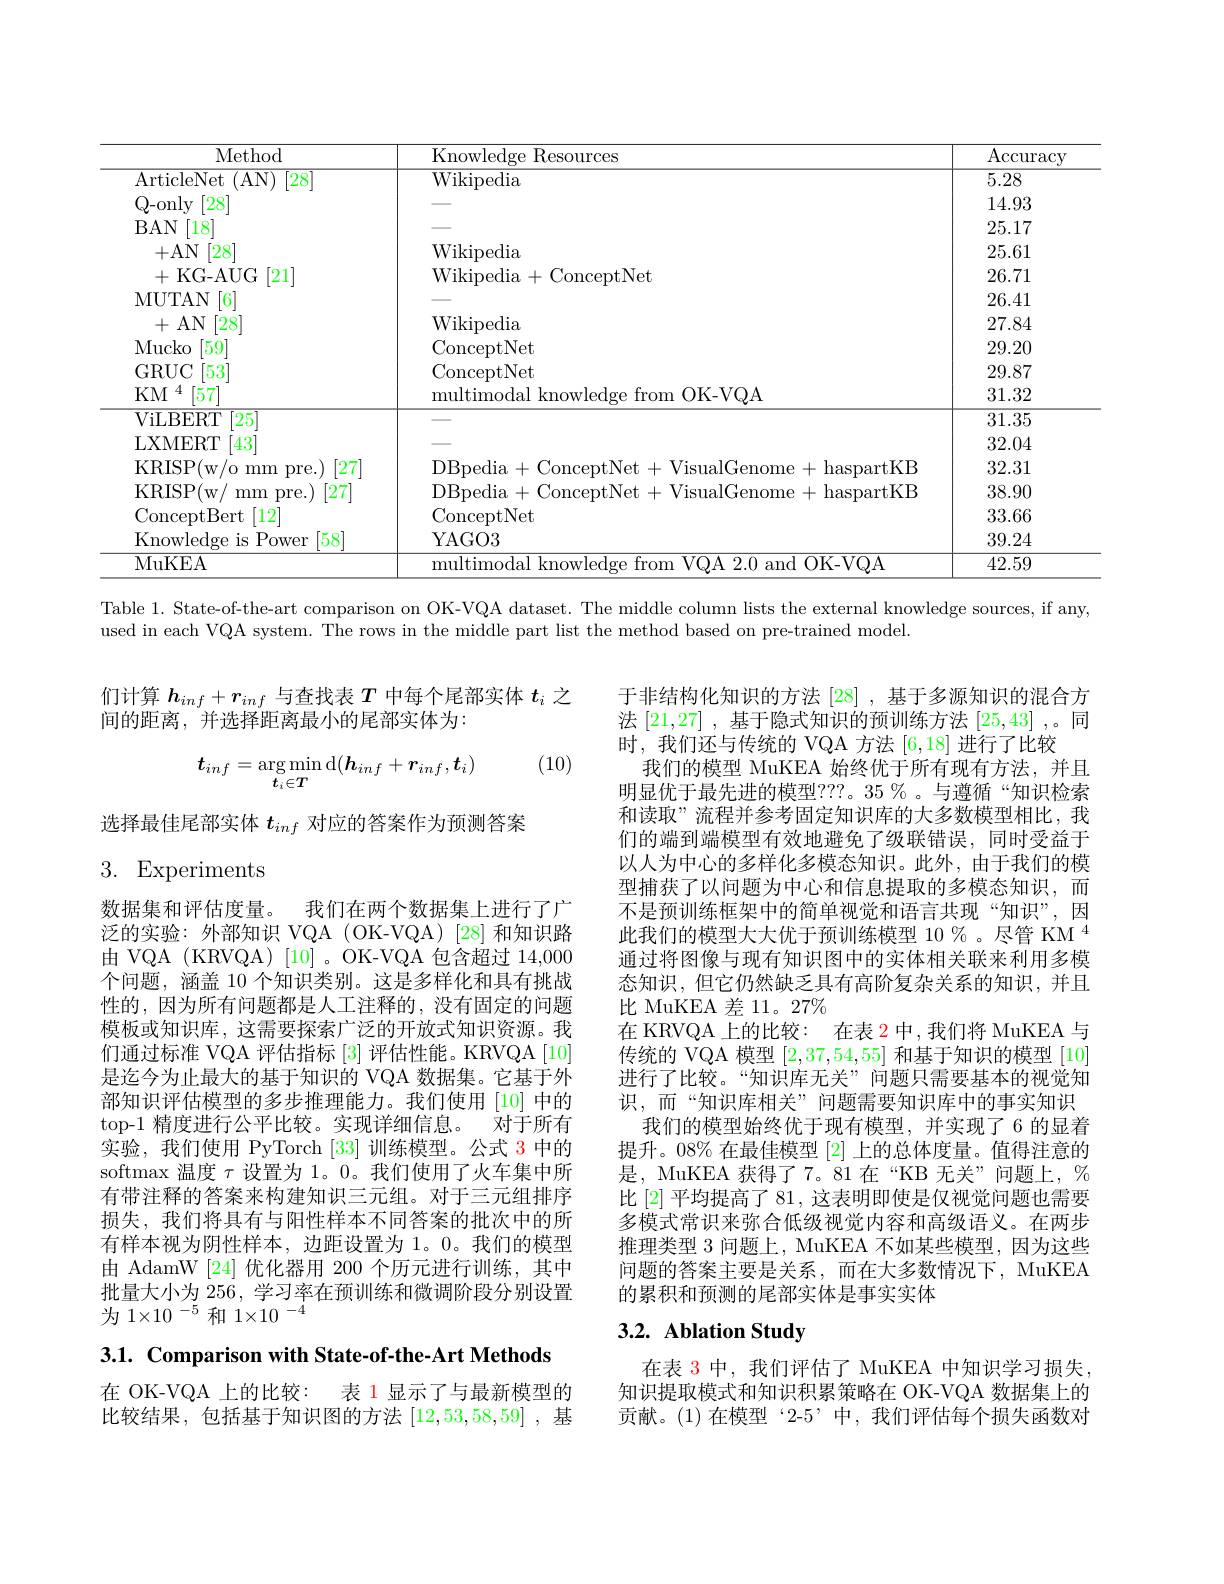
<table>
	<tbody>
		<tr>
			<th>Method</th>
			<th>Knowledge Resources</th>
			<th>$\operatorname{Accuracy}$</th>
		</tr>
		<tr>
			<td>ArticleNet (AN) [28]</td>
			<td>Wikipedia</td>
			<td>5.28</td>
		</tr>
		<tr>
			<td>Q- only [28]</td>
			<td> </td>
			<td>14.93</td>
		</tr>
		<tr>
			<td>BAN $[18^{.}$</td>
			<td> </td>
			<td>25.17</td>
		</tr>
		<tr>
			<td>+AN [28]</td>
			<td>Wikipedia</td>
			<td>25.61</td>
		</tr>
		<tr>
			<td>$\left[21\right]$ +KG-AUG</td>
			<td>Wikinedia 1+ 1 ConceptNet</td>
			<td>26.71</td>
		</tr>
		<tr>
			<td>MUTAN 6</td>
			<td> </td>
			<td>26.41</td>
		</tr>
		<tr>
			<td>+AN [28]</td>
			<td>Wikipedia</td>
			<td>27.84</td>
		</tr>
		<tr>
			<td>Mucko $\lceil59\rceil$</td>
			<td>ConceptNet</td>
			<td>29.20</td>
		</tr>
		<tr>
			<td>GRUC [53]</td>
			<td>ConceptNet</td>
			<td>29.87</td>
		</tr>
		<tr>
			<td>$KM$ [57]</td>
			<td>multimodal knowledge from OK- VQA</td>
			<td>31.32</td>
		</tr>
		<tr>
			<td>ViLBERT $\lceil25\rceil$</td>
			<td> </td>
			<td>31.35</td>
		</tr>
		<tr>
			<td>LXMERT $43^{\cdot}$</td>
			<td> </td>
			<td>32.04</td>
		</tr>
		<tr>
			<td>[27] KRISP( w/ c mm pre.)</td>
			<td>DRnedia $1.0nre$ hasnartK R</td>
			<td>32.31</td>
		</tr>
		<tr>
			<td>[27 KRISP( w, mm pre. </td>
			<td>DRnedia hasnartK R</td>
			<td>38.90</td>
		</tr>
		<tr>
			<td>ConceptBert $[12^{-}]$</td>
			<td>ConceptNet</td>
			<td>33.66</td>
		</tr>
		<tr>
			<td>[58] Knowledge is Power</td>
			<td>YAGO3</td>
			<td>39.24</td>
		</tr>
		<tr>
			<td>MuKEA</td>
			<td>multimodal 11 knowledop f from VOA 2.0 and OK-VOA</td>
			<td>42.59</td>
		</tr>
	</tbody>
</table>

Table 1. State-of-the-art comparison on OK-VQA dataset. The middle column lists the external knowledge sources, if any,

used in each VQA system. The rows in the middle part list the method based on pre-trained model

们计算$\boldsymbol{h}_{inf}+\boldsymbol{r}_{inf}$与查找表$T$中每个尾部实体$t_i$之
间的距离，并选择距离最小的尾部实体为：

(10)
$$\boldsymbol{t}_{inf}=\arg\min_{\boldsymbol{t}_i\in\boldsymbol{T}}(\boldsymbol{h}_{inf}+\boldsymbol{r}_{inf},\boldsymbol{t}_i)$$
选择最佳尾部实体$t_{inf}$对应的答案作为预测答案

# 3. Experiments

于非结构化知识的方法[28] ,基于多源知识的混合方法[21,27] ,基于隐式知识的预训练方法[25,43] ,。同时，我们还与传统的 VQA 方法[6,18]进行了比较
我们的模型 MuKEA 始终优于所有现有方法，并且明显优于最先进的模型？??。35%。与遵循“知识检索和读取”流程并参考固定知识库的大多数模型相比，我们的端到端模型有效地避免了级联错误，同时受益于以人为中心的多样化多模态知识。此外，由于我们的模型捕获了以问题为中心和信息提取的多模态知识，而不是预训练框架中的简单视觉和语言共现“知识”,因此我们的模型大大优于预训练模型$10\%\text{。尽管 KM}^{4}$ 通过将图像与现有知识图中的实体相关联来利用多模态知识，但它仍然缺乏具有高阶复杂关系的知识，并且比 MuKEA 差 11。27%
在 KRVQA 上的比较：在表 2 中，我们将 MuKEA 与传统的 VQA 模型[2,37,54,55]和基于知识的模型[10] 进行了比较。“知识库无关”问题只需要基本的视觉知识，而“知识库相关”问题需要知识库中的事实知识
我们的模型始终优于现有模型，并实现了 6 的显着提升。08% 在最佳模型[2]上的总体度量。值得注意的是，MuKEA 获得了 7。81 在“KB 无关”间题上，$\%$ 比 [2] 平均提高了 81, 这表明即使是仅视觉问题也需要多模式常识来弥合低级视觉内容和高级语义。在两步推理类型 3 问题上，MuKEA 不如某些模型，因为这些问题的答案主要是关系，而在大多数情况下，MuKEA 的累积和预测的尾部实体是事实实体

数据集和评估度量。
我们在两个数据集上进行了广
泛的实验：外部知识 VQA (OK-VQA)[28]和知识路由 VQA (KRVQA)[10]。OK-VQA 包含超过14，000个问题，涵盖 10 个知识类别。这是多样化和具有挑战性的，因为所有问题都是人工注释的，没有固定的问题模板或知识库，这需要探索广泛的开放式知识资源。我们通过标准 VQA 评估指标[3]评估性能。KRVQA[10] 是迄今为止最大的基于知识的 VQA 数据集。它基于外部知识评估模型的多步推理能力。我们使用[10]中的top-1 精度进行公平比较。实现详细信息。对于所有实验，我们使用 PyTorch [33]训练模型。公式$\color{red}{3}$中的softmax 温度$\tau$设置为 1。0。我们使用了火车集中所有带注释的答案来构建知识三元组。对于三元组排序损失，我们将具有与阳性样本不同答案的批次中的所有样本视为阴性样本，边距设置为 1。0。我们的模型由 AdamW [24]优化器用 200 个历元进行训练，其中批量大小为 256, 学习率在预训练和微调阶段分别设置为$1\times10^{-5}$和$1\times10^{-4}$

## 3.2. Ablation Study

3.1. Comparison with State-of-the-Art Methods

在表 3 中，我们评估了 MuKEA 中知识学习损失， 知识提取模式和知识积累策略在 OK-VQA 数据集上的贡献。(1)在模型“2-5”中，我们评估每个损失函数对

在 OK-VQA 上的比较：表 1 显示了与最新模型的比较结果，包括基于知识图的方法[12,53,58,59] ,基